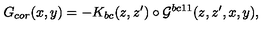
G _ { c o r } ( x , y ) = - K _ { b c } ( z , z ^ { \prime } ) \circ { \cal { G } } ^ { b c 1 1 } ( z , z ^ { \prime } , x , y ) ,